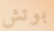
بوتش